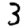
Digit: 3